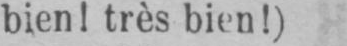
bien! très bien!)